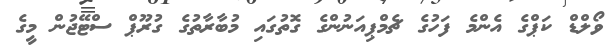
ވޯލްޑް ކަޕްގެ އެންމެ ފަހުގެ ޗެމްޕިއަނުންގެ ގޮތުގައި މުބާރާތުގެ ގުރޫޕް ސްޓޭޖުން މީގެ